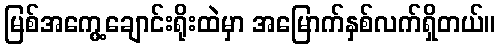
မြစ်အကွေ့ချောင်းရိုးထဲမှာ အမြောက်နှစ်လက်ရှိတယ်။